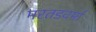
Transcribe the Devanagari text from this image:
मरतडवर्मा